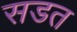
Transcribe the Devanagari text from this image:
सडत